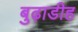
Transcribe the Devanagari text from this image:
बुढ़ाडीह